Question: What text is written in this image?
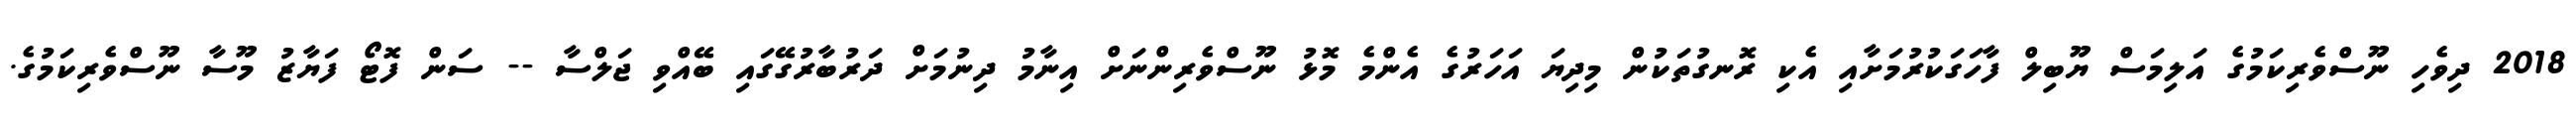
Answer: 2018 ދިވެހި ނޫސްވެރިކަމުގެ އަލިމަސް ޔޫބިލް ފާހަގަކުރުމަށާއި އެކި ރޮނގުތަކުން މިދިޔަ އަހަރުގެ އެންމެ މޮޅު ނޫސްވެރިންނަށް އިނާމު ދިނުމަށް ދަރުބާރުގޭގައި ބޭއްވި ޖަލްސާ -- ސަން ފޮޓޯ ފަޔާޒު މޫސާ ނޫސްވެރިކަމުގެ.